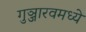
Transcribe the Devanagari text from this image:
गुञ्जारवमध्ये